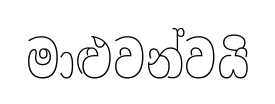
මාළුවන්වයි